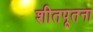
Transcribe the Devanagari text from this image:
शीतपूतना